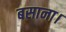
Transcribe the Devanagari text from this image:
बसाना।